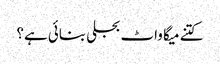
کتنے میگا واٹ بجلی بنائی ہے؟